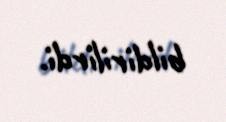
bildirilirdi.